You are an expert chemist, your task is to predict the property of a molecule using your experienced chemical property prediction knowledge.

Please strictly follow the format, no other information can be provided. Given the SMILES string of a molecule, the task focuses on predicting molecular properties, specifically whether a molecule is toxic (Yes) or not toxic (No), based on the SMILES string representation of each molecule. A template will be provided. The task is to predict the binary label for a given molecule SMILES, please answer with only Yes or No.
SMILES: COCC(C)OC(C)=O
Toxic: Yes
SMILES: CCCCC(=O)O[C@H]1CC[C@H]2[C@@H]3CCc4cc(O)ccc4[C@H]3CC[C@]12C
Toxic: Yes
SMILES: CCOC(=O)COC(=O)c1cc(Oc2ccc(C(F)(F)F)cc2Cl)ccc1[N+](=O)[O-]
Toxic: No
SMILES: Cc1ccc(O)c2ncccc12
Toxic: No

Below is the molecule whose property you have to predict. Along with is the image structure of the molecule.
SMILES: CC(=O)Nc1ccc(C)cc1
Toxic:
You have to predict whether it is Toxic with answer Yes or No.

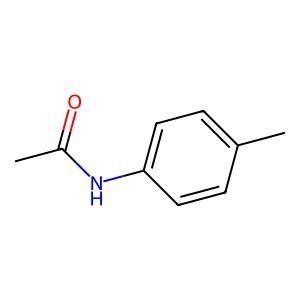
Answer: No